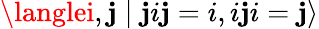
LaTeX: \langlei,\mathbf{j}\mid\mathbf{j}i\mathbf{j}=i,i\mathbf{j}i=\mathbf{j}\rangle